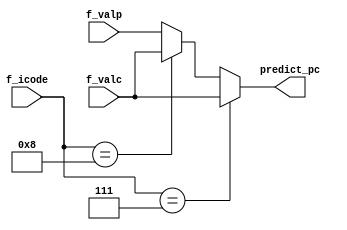
module predict_pc(
    input [3:0] f_icode,
    input [63:0] f_valc,f_valp,
    output reg [63:0] predict_pc
);

always@(*)
begin 
    if(f_icode==4'd7)
        predict_pc=f_valc;
    else if(f_icode==4'd8)
        predict_pc=f_valc;
    else 
        predict_pc=f_valp;
end

endmodule